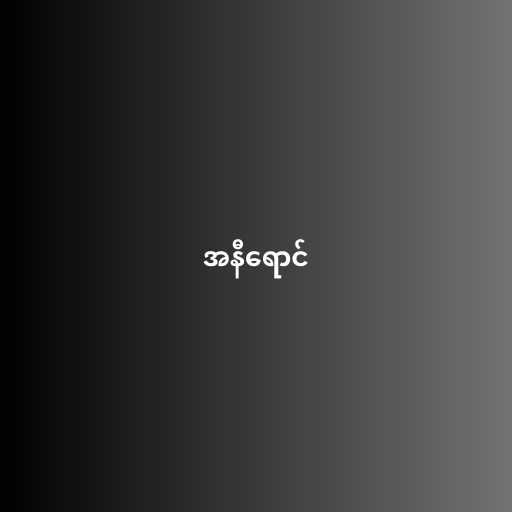
အနီရောင်